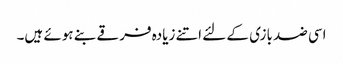
اسی ضد بازی کے لئے اتنے زیادہ فرقے بنے ہوئے ہیں۔